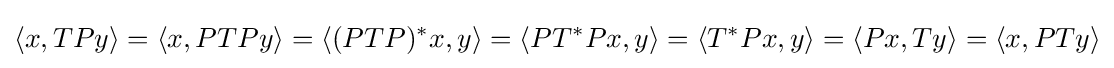
\langle x,TPy\rangle =\langle x,PTPy\rangle =\langle (PTP)^{*}x,y\rangle =\langle PT^{*}Px,y\rangle =\langle T^{*}Px,y\rangle =\langle Px,Ty\rangle =\langle x,PTy\rangle